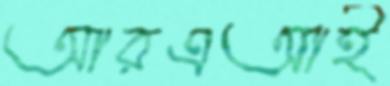
আরএআই